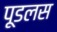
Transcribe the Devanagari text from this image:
पूडलस